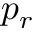
p _ { r }